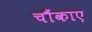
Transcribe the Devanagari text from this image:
चौंकाए